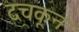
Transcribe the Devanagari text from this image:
दचकून